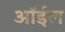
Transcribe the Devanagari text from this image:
ऑर्इल